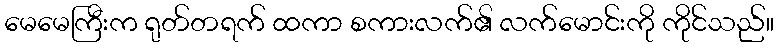
မေမေကြီးက ရုတ်တရက် ထကာ စကားလက်၏ လက်မောင်းကို ကိုင်သည်။